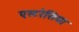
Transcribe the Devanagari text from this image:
एस्टरेसिया